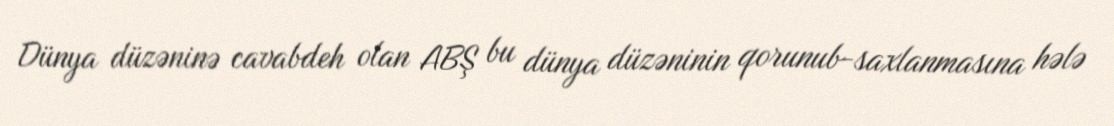
Dünya düzəninə cavabdeh olan ABŞ bu dünya düzəninin qorunub-saxlanmasına hələ